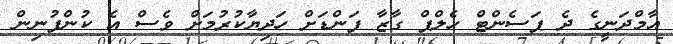
އާމްދަނީގެ ދެ ޕަސެންޓް ހެލްޕް ގާޒާ ފަންޑަށް ހަދިޔާކުރުމަށް ވެސް އެ ކުންފުނިން